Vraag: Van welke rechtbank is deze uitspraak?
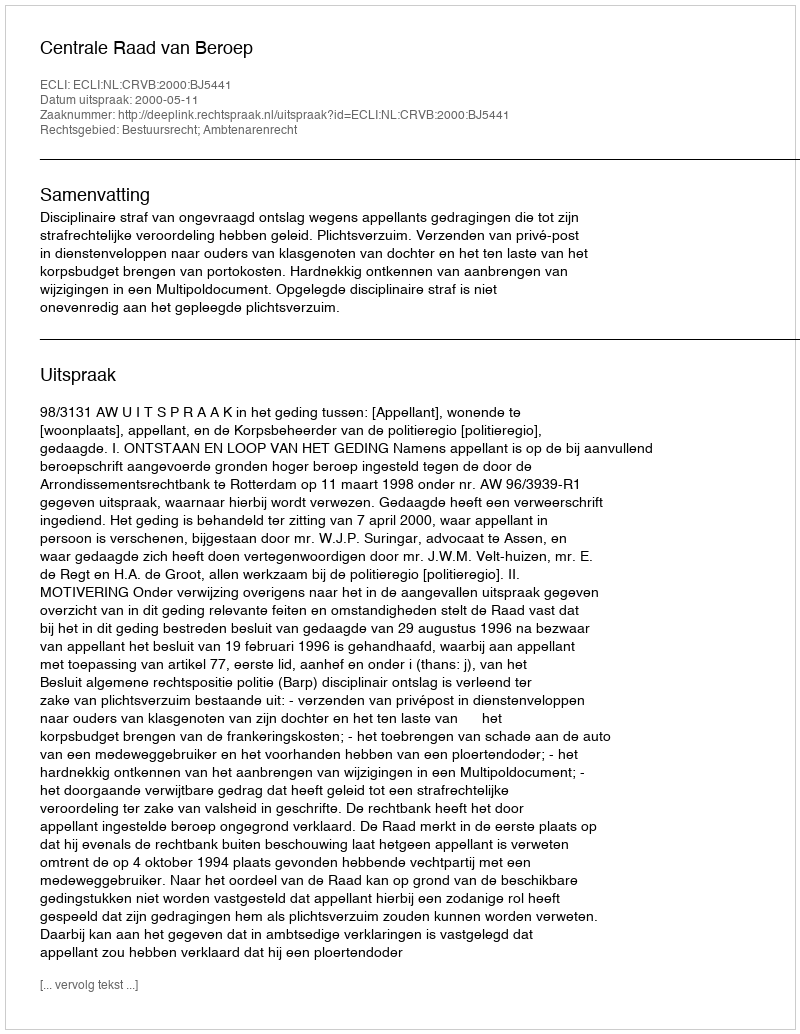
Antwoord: Centrale Raad van Beroep